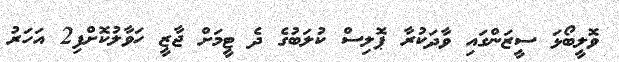
ވޮލީބޯޅަ ސީޒަންގައި ވާދަކުރާ ޕޮލިސް ކުލަބުގެ ދެ ޓީމަށް ޖާޒީ ހަވާލުކޮށްފި2 އަހަރު